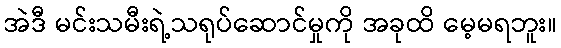
အဲဒီ မင်းသမီးရဲ့သရုပ်ဆောင်မှုကို အခုထိ မေ့မရဘူး။